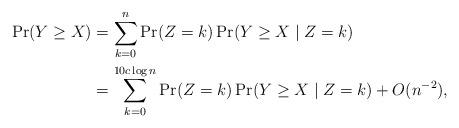
LaTeX: \begin{align*}\Pr(Y \geq X) &= \sum_{k = 0}^n \Pr(Z = k) \Pr(Y \geq X \mid Z = k)\\&= \sum_{k = 0}^{10 c \log n} \Pr(Z = k) \Pr(Y \geq X \mid Z = k) + O(n^{-2}),\end{align*}